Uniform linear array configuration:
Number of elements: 64
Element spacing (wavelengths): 0.25
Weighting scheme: hann
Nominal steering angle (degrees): -60
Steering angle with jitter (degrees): -59.766
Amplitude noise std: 0.05
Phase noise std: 0.05

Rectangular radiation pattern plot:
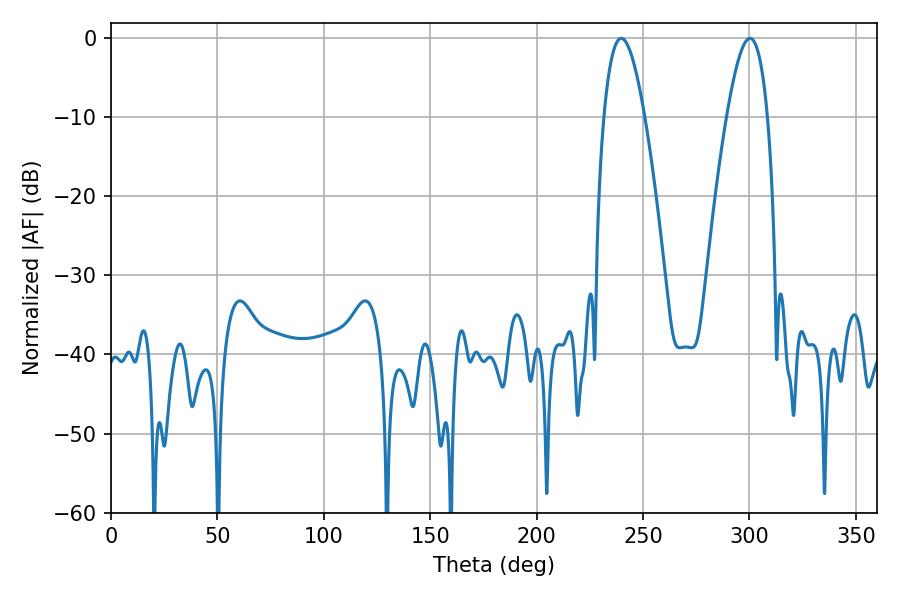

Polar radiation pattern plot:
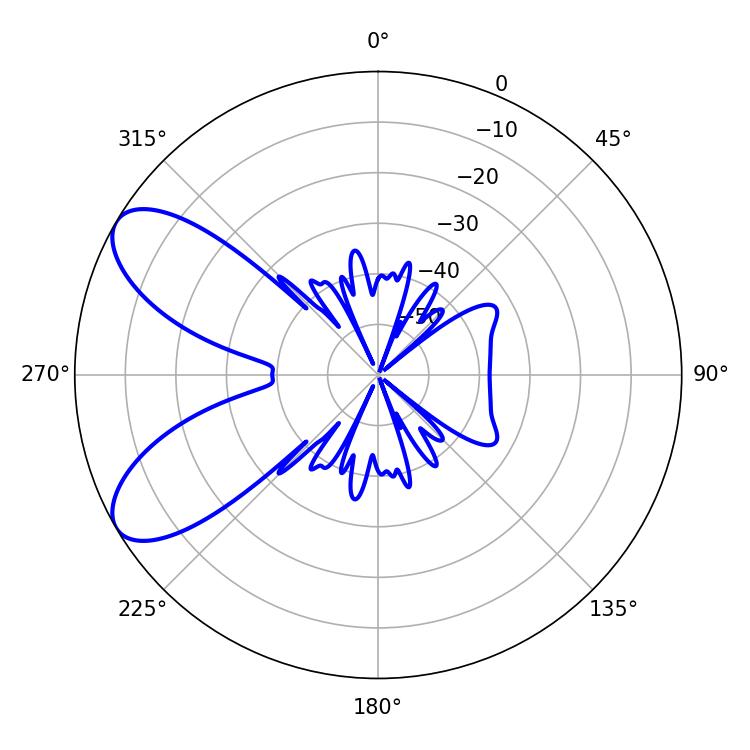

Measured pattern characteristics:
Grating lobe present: FALSE
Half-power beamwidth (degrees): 10.44
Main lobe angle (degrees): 239.76